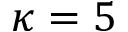
\kappa = 5